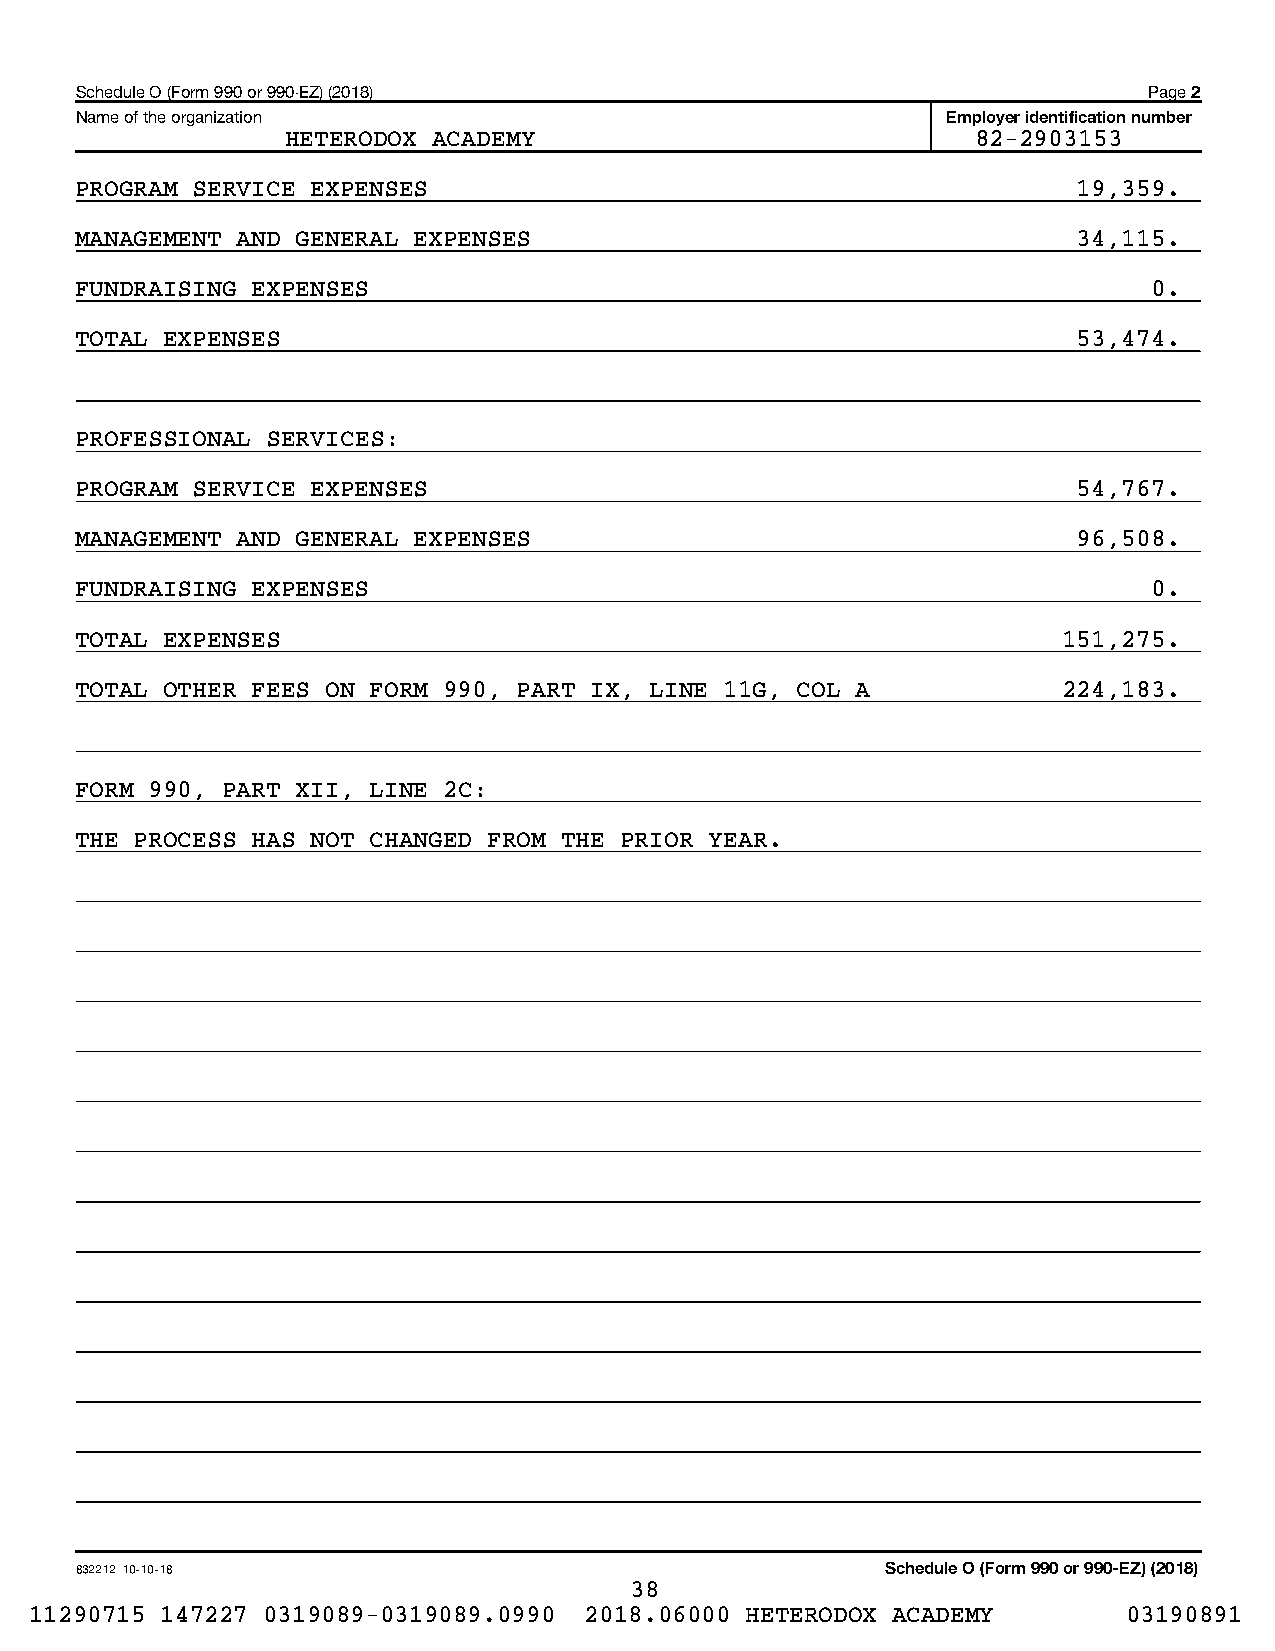
Schedule O (Form 990 or 990-EZ) (2018)                                 Page 2
 Name of the organization                                  Employer identification number
 HETERODOX ACADEMY                             82-2903153
 PROGRAM SERVICE EXPENSES                                          19,359.
 MANAGEMENT AND GENERAL EXPENSES                                   34,115.
 FUNDRAISING EXPENSES                                                   0.
 TOTAL EXPENSES                                                    53,474.
 PROFESSIONAL SERVICES:
 PROGRAM SERVICE EXPENSES                                          54,767.
 MANAGEMENT AND GENERAL EXPENSES                                   96,508.
 FUNDRAISING EXPENSES                                                   0.
 TOTAL EXPENSES                                                   151,275.
 TOTAL OTHER FEES ON FORM 990, PART IX, LINE 11G, COL A           224,183.
 FORM 990, PART XII, LINE 2C:
 THE PROCESS HAS NOT CHANGED FROM THE PRIOR YEAR.
 832212 10-10-18                                       Schedule O (Form 990 or 990-EZ) (2018)
 38
 11290715 147227 0319089-0319089.0990 2018.06000 HETERODOX ACADEMY        03190891